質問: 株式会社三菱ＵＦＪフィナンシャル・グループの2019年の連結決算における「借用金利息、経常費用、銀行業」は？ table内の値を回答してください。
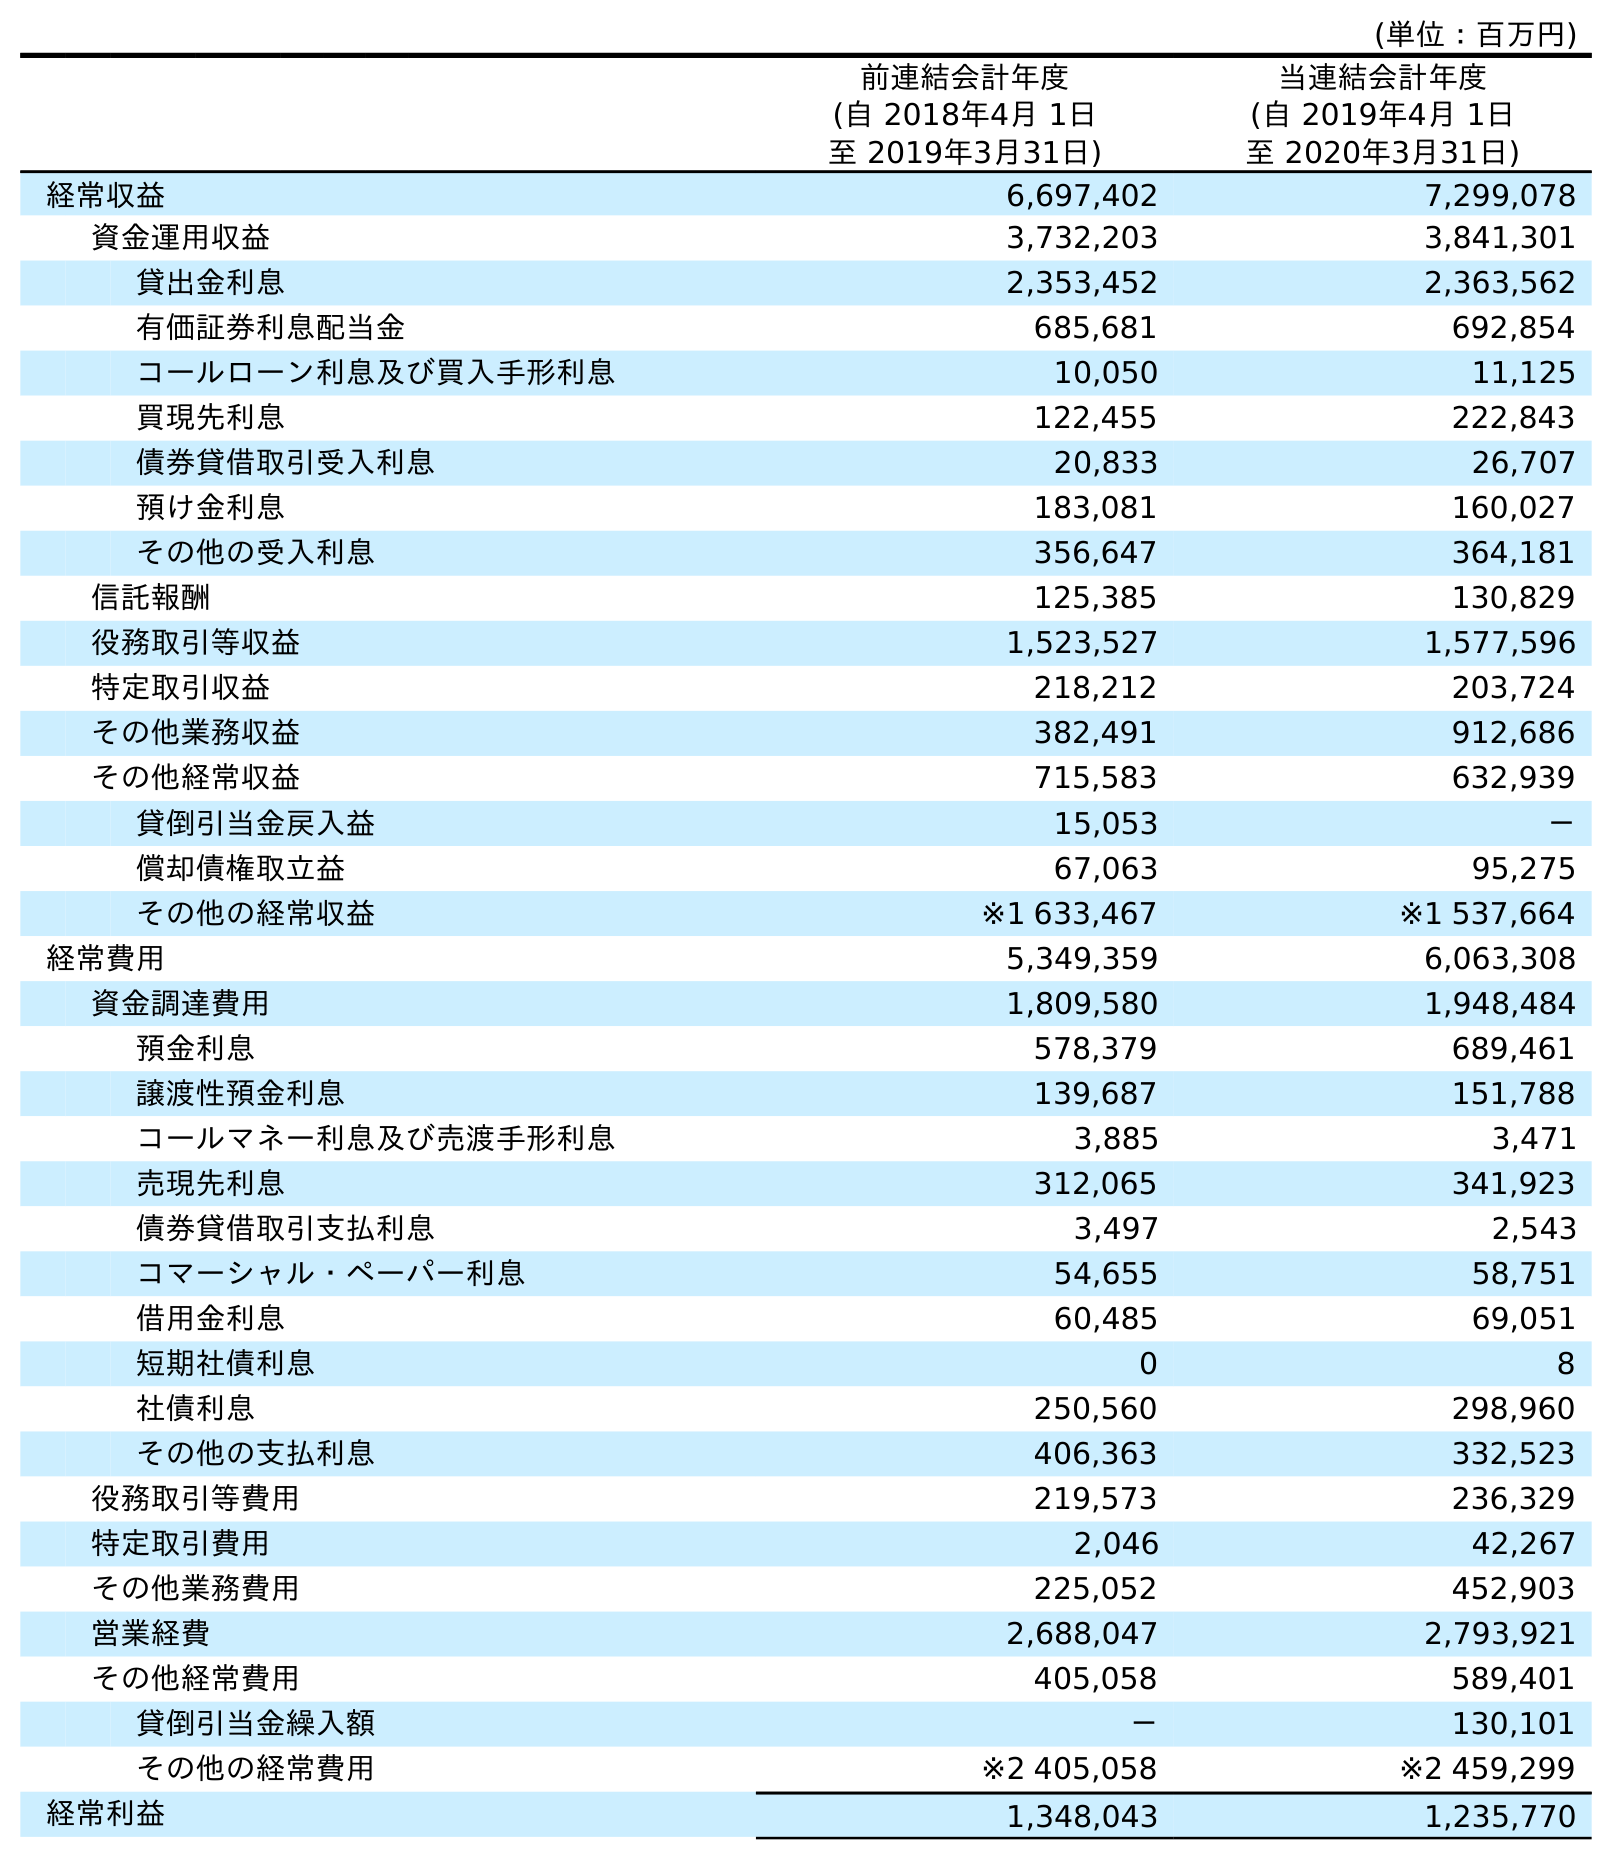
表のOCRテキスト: (単位：百万円) 前連結会計年度 (自 2018年4月 1日 至 2019年3月31日) 当連結会計年度 (自 2019年4月 1日 至 2020年3月31日) 経常収益 6,697,402 7,299,078 資金運用収益 3,732,203 3,841,301 貸出金利息 2,353,452 2,363,562 有価証券利息配当金 685,681 692,854 コールローン利息及び買入手形利息 10,050 11,125 買現先利息 122,455 222,843 債券貸借取引受入利息 20,833 26,707 預け金利息 183,081 160,027 その他の受入利息 356,647 364,181 信託報酬 125,385 130,829 役務取引等収益 1,523,527 1,577,596 特定取引収益 218,212 203,724 その他業務収益 382,491 912,686 その他経常収益 715,583 632,939 貸倒引当金戻入益 15,053 － 償却債権取立益 67,063 95,275 その他の経常収益 ※1 633,467 ※1 537,664 経常費用 5,349,359 6,063,308 資金調達費用 1,809,580 1,948,484 預金利息 578,379 689,461 譲渡性預金利息 139,687 151,788 コールマネー利息及び売渡手形利息 3,885 3,471 売現先利息 312,065 341,923 債券貸借取引支払利息 3,497 2,543 コマーシャル・ペーパー利息 54,655 58,751 借用金利息 60,485 69,051 短期社債利息 0 8 社債利息 250,560 298,960 その他の支払利息 406,363 332,523 役務取引等費用 219,573 236,329 特定取引費用 2,046 42,267 その他業務費用 225,052 452,903 営業経費 2,688,047 2,793,921 その他経常費用 405,058 589,401 貸倒引当金繰入額 － 130,101 その他の経常費用 ※2 405,058 ※2 459,299 経常利益 1,348,043 1,235,770
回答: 60,485